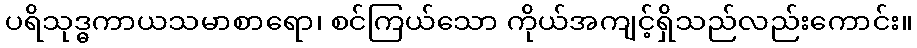
ပရိသုဒ္ဓကာယသမာစာရော၊ စင်ကြယ်သော ကိုယ်အကျင့်ရှိသည်လည်းကောင်း။